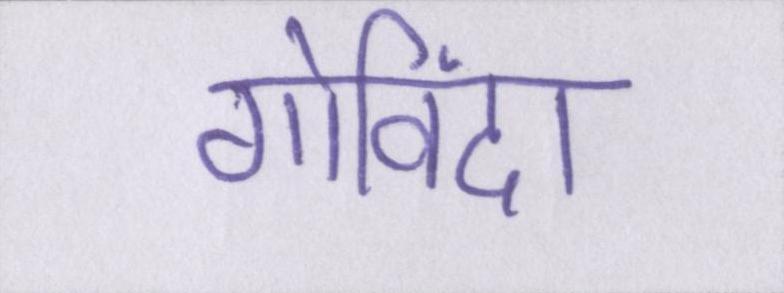
गोविंदा